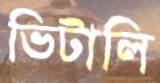
ভিটালি